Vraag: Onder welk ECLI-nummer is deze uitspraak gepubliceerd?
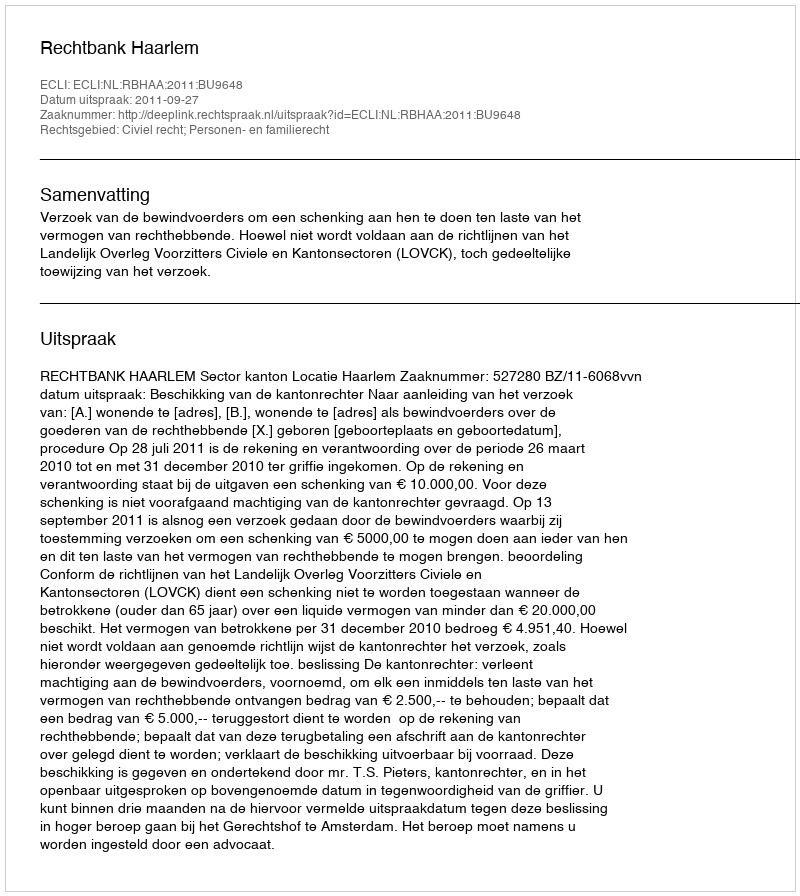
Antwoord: ECLI:NL:RBHAA:2011:BU9648